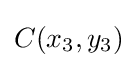
{\textstyle C(x_{3},y_{3})}